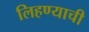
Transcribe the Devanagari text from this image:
लिहण्याची